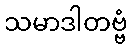
သမာဒါတဗ္ဗံ